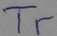
Text: Tr